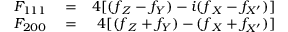
\begin{array} { r l r } { F _ { 1 1 1 } } & { { } = } & { 4 { [ ( f { _ Z } - f _ { Y } ) - i ( f { _ X } - f _ { X ^ { \prime } } ) ] } } \\ { F _ { 2 0 0 } } & { { } = } & { 4 [ ( f { _ Z } + f _ { Y } ) - ( f { _ X } + f _ { X ^ { \prime } } ) ] } \end{array}